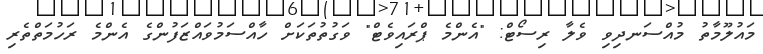
މައުލޫމާތު މުއްސަނދިވި ވެލާ ރިސޯޓް: "އެންމެ ޕްރައިވެޓް" ވަގުތުތަކަށް ހާއްސަމުވައްޒަފުންގެ އެންމެ ރަހުމަތްތެރި